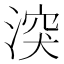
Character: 湥